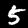
Digit: 5